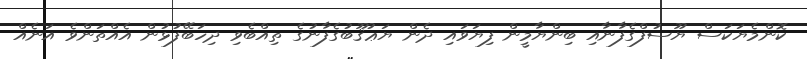
ކޮންމެޔަކަސް ޔޫސުފްގެފާނާއި ބިންޔާމީން ފިޔަވައި ދެން ޔަޢުޤޫބުގެފާނުގެ ތިއްބެވި ދިހަބޭފުޅުން އެއްތަންވެ އަނެއް